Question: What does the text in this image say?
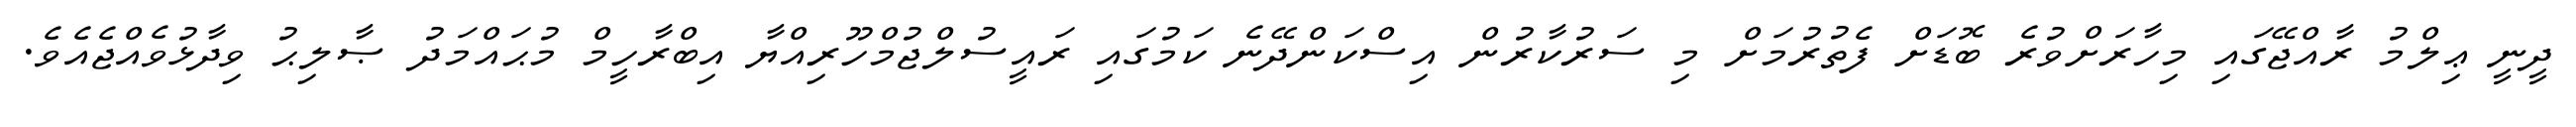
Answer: ދީނީ ޢިލްމު ރާއްޖޭގައި މިހާރަށްވުރެ ބޮޑަށް ފެތުރުމަށް މި ސަރުކާރުން އިސްކަންދޭނެ ކަމުގައި ރައީސުލްޖުމްހޫރިއްޔާ އިބްރާހީމް މުޙައްމަދު ޞާލިޙު ވިދާޅުވެއްޖެއެވެ.